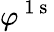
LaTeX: \varphi^{\mathrm{~1~s~}}